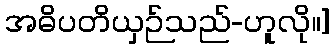
အဓိပတိယှဉ်သည်-ဟူလို။]